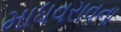
માધવરાવના